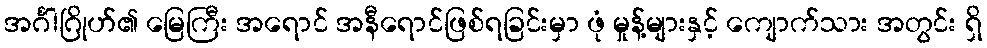
အင်္ဂါဂြိုဟ်၏ မြေကြီး အရောင် အနီရောင်ဖြစ်ရခြင်းမှာ ဖုံ မှုန့်များနှင့် ကျောက်သား အတွင်း ရှိ